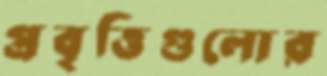
প্রবৃত্তিগুলোর